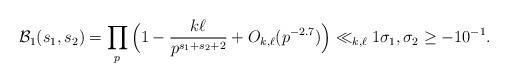
LaTeX: \begin{align*}\mathcal{B}_1(s_1,s_2) & = \prod_{p} \Big( 1-\frac{k \ell}{p^{s_1+s_2+2}} + O_{k,\ell}(p^{-2.7}) \Big ) \ll_{k,\ell} 1 \sigma_1, \sigma_2 \ge -10^{-1}. \end{align*}